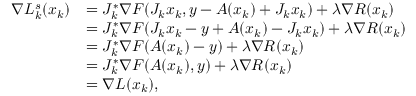
\begin{array} { r l } { \nabla L _ { k } ^ { s } ( x _ { k } ) } & { = J _ { k } ^ { * } \nabla F ( J _ { k } x _ { k } , y - A ( x _ { k } ) + J _ { k } x _ { k } ) + \lambda \nabla R ( x _ { k } ) } \\ & { = J _ { k } ^ { * } \nabla F ( J _ { k } x _ { k } - y + A ( x _ { k } ) - J _ { k } x _ { k } ) + \lambda \nabla R ( x _ { k } ) } \\ & { = J _ { k } ^ { * } \nabla F ( A ( x _ { k } ) - y ) + \lambda \nabla R ( x _ { k } ) } \\ & { = J _ { k } ^ { * } \nabla F ( A ( x _ { k } ) , y ) + \lambda \nabla R ( x _ { k } ) } \\ & { = \nabla L ( x _ { k } ) , } \end{array}